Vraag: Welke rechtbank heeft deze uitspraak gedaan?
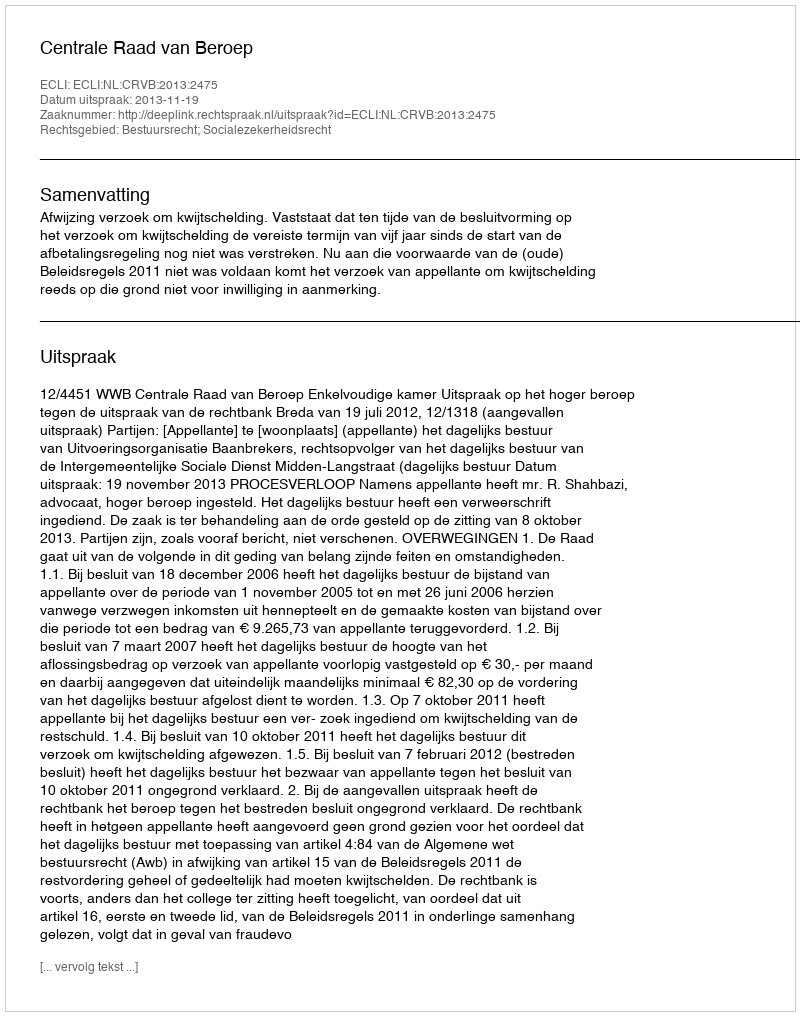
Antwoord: Centrale Raad van Beroep